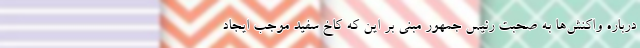
درباره واکنش‌ها به صحبت رئیس جمهور مبنی بر این که کاخ سفید موجب ایجاد